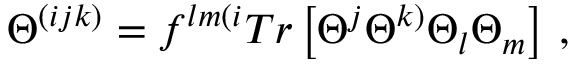
\Theta ^ { ( i j k ) } = f ^ { l m ( i } T r \left[ \Theta ^ { j } \Theta ^ { k ) } \Theta _ { l } \Theta _ { m } \right] \, ,